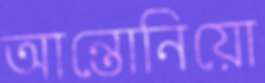
আন্তোনিয়ো